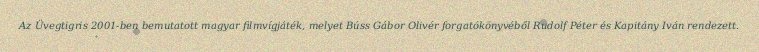
Az Üvegtigris 2001-ben bemutatott magyar filmvígjáték, melyet Búss Gábor Olivér forgatókönyvéből Rudolf Péter és Kapitány Iván rendezett.